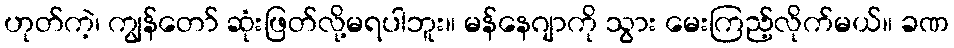
ဟုတ်ကဲ့၊ ကျွန်တော် ဆုံးဖြတ်လို့မရပါဘူး။ မန်နေဂျာကို သွား မေးကြည့်လိုက်မယ်။ ခဏ